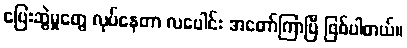
ပြေးဆွဲမှုတွေ လုပ်နေတာ လပေါင်း အတော်ကြာပြီ ဖြစ်ပါတယ်။